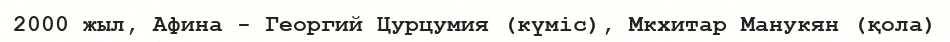
2000 жыл, Афина - Георгий Цурцумия (күміс), Мкхитар Манукян (қола)